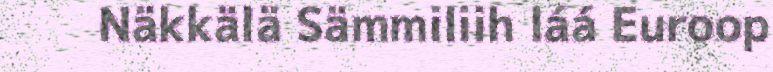
Näkkälä Sämmiliih láá Euroop